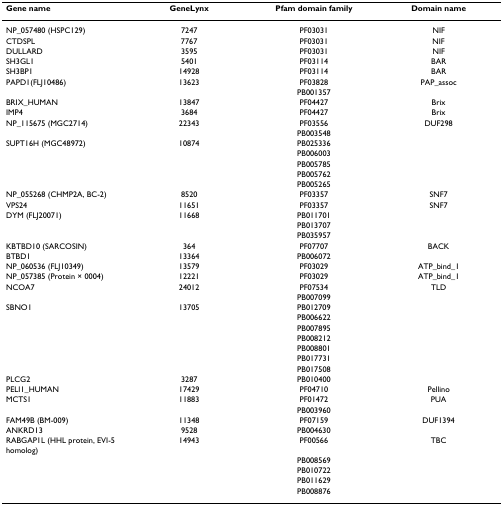
<table><thead><tr><td><b>Gene name</b></td><td><b>GeneLynx</b></td><td><b>Pfam domain family</b></td><td><b>Domain name</b></td></tr></thead><tbody><tr><td>NP_057480 (HSPC129)</td><td>7247</td><td>PF03031</td><td>NIF</td></tr><tr><td>CTDSPL</td><td>7767</td><td>PF03031</td><td>NIF</td></tr><tr><td>DULLARD</td><td>3595</td><td>PF03031</td><td>NIF</td></tr><tr><td>SH3GL1</td><td>5401</td><td>PF03114</td><td>BAR</td></tr><tr><td>SH3BP1</td><td>14928</td><td>PF03114</td><td>BAR</td></tr><tr><td>PAPD1(FLJ10486)</td><td>13623</td><td>PF03828</td><td>PAP_assoc</td></tr><tr><td></td><td></td><td>PB001357</td><td></td></tr><tr><td>BRIX_HUMAN</td><td>13847</td><td>PF04427</td><td>Brix</td></tr><tr><td>IMP4</td><td>3684</td><td>PF04427</td><td>Brix</td></tr><tr><td>NP_115675 (MGC2714)</td><td>22343</td><td>PF03556</td><td>DUF298</td></tr><tr><td></td><td></td><td>PB003548</td><td></td></tr><tr><td>SUPT16H (MGC48972)</td><td>10874</td><td>PB025336</td><td></td></tr><tr><td></td><td></td><td>PB006003</td><td></td></tr><tr><td></td><td></td><td>PB005785</td><td></td></tr><tr><td></td><td></td><td>PB005762</td><td></td></tr><tr><td></td><td></td><td>PB005265</td><td></td></tr><tr><td>NP_055268 (CHMP2A, BC-2)</td><td>8520</td><td>PF03357</td><td>SNF7</td></tr><tr><td>VPS24</td><td>11651</td><td>PF03357</td><td>SNF7</td></tr><tr><td>DYM (FLJ20071)</td><td>11668</td><td>PB011701</td><td></td></tr><tr><td></td><td></td><td>PB013707</td><td></td></tr><tr><td></td><td></td><td>PB035957</td><td></td></tr><tr><td>KBTBD10 (SARCOSIN)</td><td>364</td><td>PF07707</td><td>BACK</td></tr><tr><td>BTBD1</td><td>13364</td><td>PB006072</td><td></td></tr><tr><td>NP_060536 (FLJ10349)</td><td>13579</td><td>PF03029</td><td>ATP_bind_1</td></tr><tr><td>NP_057385 (Protein × 0004)</td><td>12221</td><td>PF03029</td><td>ATP_bind_1</td></tr><tr><td>NCOA7</td><td>24012</td><td>PF07534</td><td>TLD</td></tr><tr><td></td><td></td><td>PB007099</td><td></td></tr><tr><td>SBNO1</td><td>13705</td><td>PB012709</td><td></td></tr><tr><td></td><td></td><td>PB006622</td><td></td></tr><tr><td></td><td></td><td>PB007895</td><td></td></tr><tr><td></td><td></td><td>PB008212</td><td></td></tr><tr><td></td><td></td><td>PB008801</td><td></td></tr><tr><td></td><td></td><td>PB017731</td><td></td></tr><tr><td></td><td></td><td>PB017508</td><td></td></tr><tr><td>PLCG2</td><td>3287</td><td>PB010400</td><td></td></tr><tr><td>PELI1_HUMAN</td><td>17429</td><td>PF04710</td><td>Pellino</td></tr><tr><td>MCTS1</td><td>11883</td><td>PF01472</td><td>PUA</td></tr><tr><td></td><td></td><td>PB003960</td><td></td></tr><tr><td>FAM49B (BM-009)</td><td>11348</td><td>PF07159</td><td>DUF1394</td></tr><tr><td>ANKRD13</td><td>9528</td><td>PB004630</td><td></td></tr><tr><td>RABGAP1L (HHL protein, EVI-5 homolog)</td><td>14943</td><td>PF00566</td><td>TBC</td></tr><tr><td></td><td></td><td>PB008569</td><td></td></tr><tr><td></td><td></td><td>PB010722</td><td></td></tr><tr><td></td><td></td><td>PB011629</td><td></td></tr><tr><td></td><td></td><td>PB008876</td><td></td></tr></tbody></table>